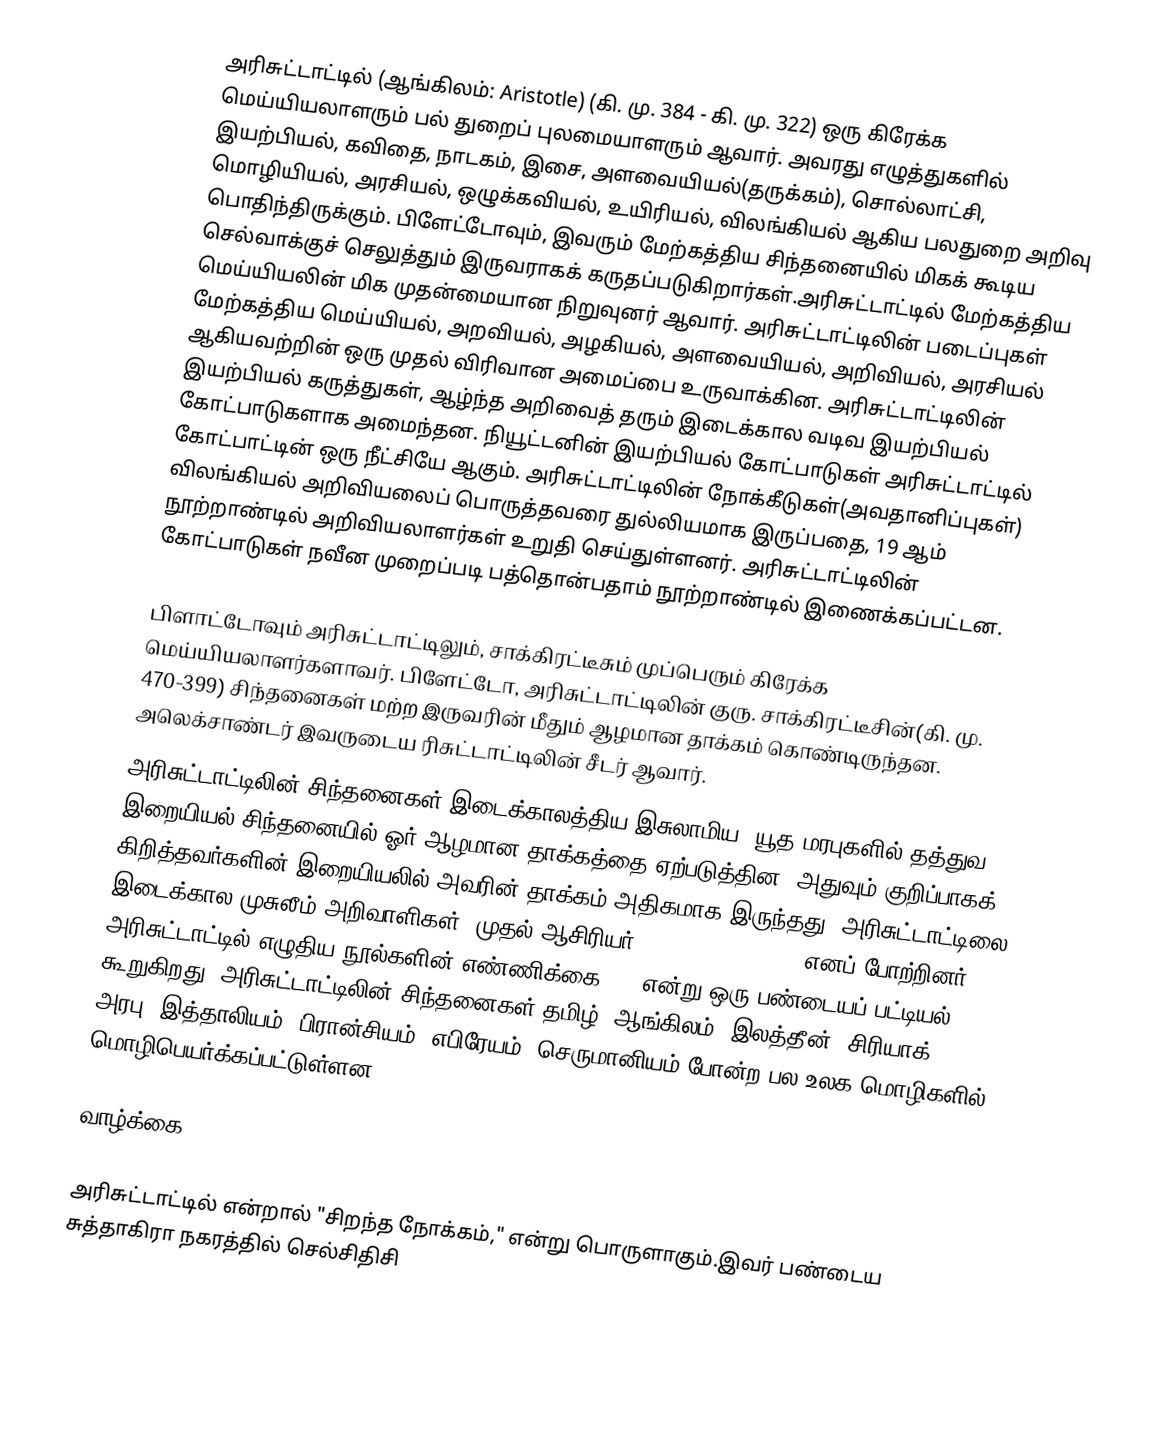
அரிசுட்டாட்டில் (ஆங்கிலம்: Aristotle) (கி. மு. 384 - கி. மு. 322) ஒரு கிரேக்க மெய்யியலாளரும் பல் துறைப் புலமையாளரும் ஆவார். அவரது எழுத்துகளில் இயற்பியல், கவிதை, நாடகம், இசை, அளவையியல்(தருக்கம்), சொல்லாட்சி, மொழியியல், அரசியல், ஒழுக்கவியல், உயிரியல், விலங்கியல் ஆகிய பலதுறை அறிவு பொதிந்திருக்கும். பிளேட்டோவும், இவரும் மேற்கத்திய சிந்தனையில் மிகக் கூடிய செல்வாக்குச் செலுத்தும் இருவராகக் கருதப்படுகிறார்கள்.அரிசுட்டாட்டில் மேற்கத்திய மெய்யியலின் மிக முதன்மையான நிறுவுனர் ஆவார். அரிசுட்டாட்டிலின் படைப்புகள் மேற்கத்திய மெய்யியல், அறவியல், அழகியல், அளவையியல், அறிவியல், அரசியல் ஆகியவற்றின் ஒரு முதல் விரிவான அமைப்பை உருவாக்கின. அரிசுட்டாட்டிலின் இயற்பியல்  கருத்துகள், ஆழ்ந்த அறிவைத் தரும் இடைக்கால வடிவ இயற்பியல் கோட்பாடுகளாக அமைந்தன. நியூட்டனின் இயற்பியல் கோட்பாடுகள் அரிசுட்டாட்டில் கோட்பாட்டின் ஒரு நீட்சியே ஆகும். அரிசுட்டாட்டிலின் நோக்கீடுகள்(அவதானிப்புகள்) விலங்கியல் அறிவியலைப் பொருத்தவரை  துல்லியமாக இருப்பதை, 19 ஆம் நூற்றாண்டில் அறிவியலாளர்கள் உறுதி செய்துள்ளனர். அரிசுட்டாட்டிலின் கோட்பாடுகள் நவீன முறைப்படி பத்தொன்பதாம் நூற்றாண்டில் இணைக்கப்பட்டன.

பிளாட்டோவும் அரிசுட்டாட்டிலும், சாக்கிரட்டீசும் முப்பெரும் கிரேக்க மெய்யியலாளர்களாவர். பிளேட்டோ, அரிசுட்டாட்டிலின் குரு. சாக்கிரட்டீசின்(கி. மு. 470-399) சிந்தனைகள் மற்ற இருவரின் மீதும் ஆழமான தாக்கம் கொண்டிருந்தன. அலெக்சாண்டர் இவருடைய ரிசுட்டாட்டிலின் சீடர் ஆவார்.
அரிசுட்டாட்டிலின் சிந்தனைகள்  இடைக்காலத்திய இசுலாமிய, யூத மரபுகளில் தத்துவ, இறையியல் சிந்தனையில் ஓர் ஆழமான தாக்கத்தை ஏற்படுத்தின. அதுவும் குறிப்பாகக் கிறித்தவர்களின் இறையியலில் அவரின் தாக்கம் அதிகமாக இருந்தது. அரிசுட்டாட்டிலை  இடைக்கால முசுலீம் அறிவாளிகள்  "முதல் ஆசிரியர்" ( 'المعلم الأول') எனப் போற்றினர். அரிசுட்டாட்டில் எழுதிய நூல்களின் எண்ணிக்கை  170 என்று ஒரு பண்டையப் பட்டியல் கூறுகிறது. அரிசுட்டாட்டிலின் சிந்தனைகள் தமிழ், ஆங்கிலம், இலத்தீன், சிரியாக், அரபு, இத்தாலியம், பிரான்சியம், எபிரேயம், செருமானியம் போன்ற பல உலக மொழிகளில் மொழிபெயர்க்கப்பட்டுள்ளன.

வாழ்க்கை

அரிசுட்டாட்டில்  என்றால்  "சிறந்த நோக்கம்," என்று பொருளாகும்.இவர் பண்டைய சுத்தாகிரா நகரத்தில் செல்சிதிசி